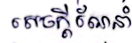
សេចក្តីណែនាំ